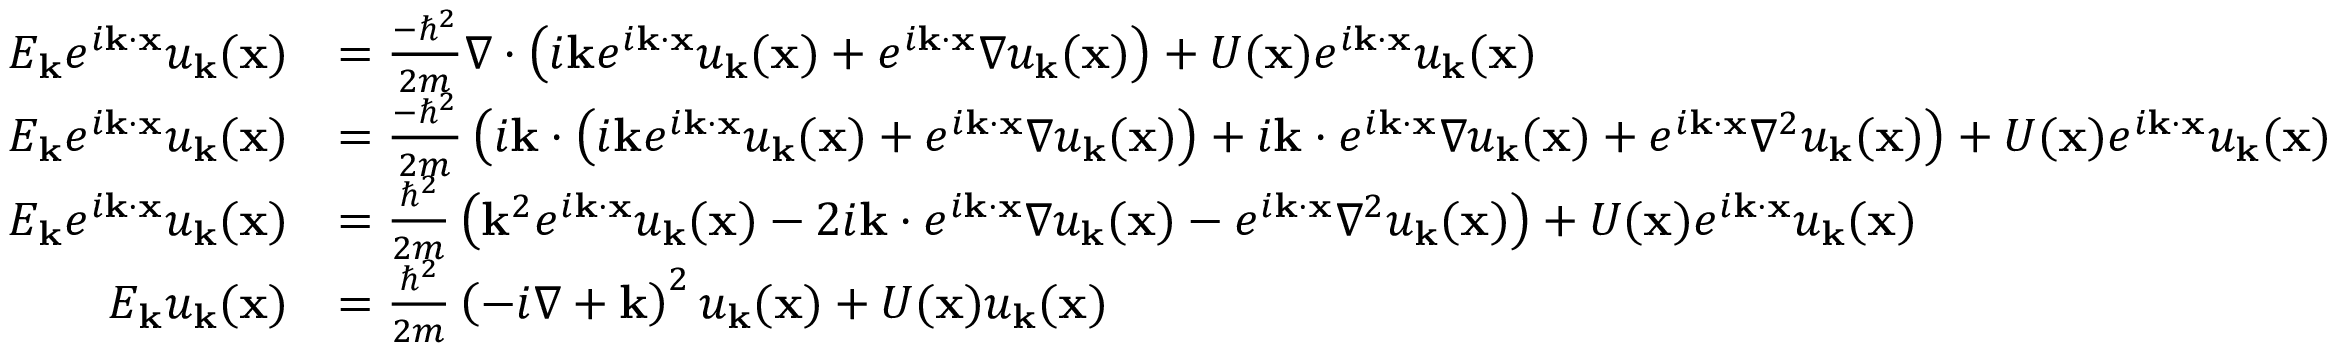
{ \begin{array} { r l } { E _ { \mathbf { k } } e ^ { i \mathbf { k } \cdot \mathbf { x } } u _ { \mathbf { k } } ( \mathbf { x } ) } & { = { \frac { - \hbar ^ { 2 } } { 2 m } } \nabla \cdot \left( i \mathbf { k } e ^ { i \mathbf { k } \cdot \mathbf { x } } u _ { \mathbf { k } } ( \mathbf { x } ) + e ^ { i \mathbf { k } \cdot \mathbf { x } } \nabla u _ { \mathbf { k } } ( \mathbf { x } ) \right) + U ( \mathbf { x } ) e ^ { i \mathbf { k } \cdot \mathbf { x } } u _ { \mathbf { k } } ( \mathbf { x } ) } \\ { E _ { \mathbf { k } } e ^ { i \mathbf { k } \cdot \mathbf { x } } u _ { \mathbf { k } } ( \mathbf { x } ) } & { = { \frac { - \hbar ^ { 2 } } { 2 m } } \left( i \mathbf { k } \cdot \left( i \mathbf { k } e ^ { i \mathbf { k } \cdot \mathbf { x } } u _ { \mathbf { k } } ( \mathbf { x } ) + e ^ { i \mathbf { k } \cdot \mathbf { x } } \nabla u _ { \mathbf { k } } ( \mathbf { x } ) \right) + i \mathbf { k } \cdot e ^ { i \mathbf { k } \cdot \mathbf { x } } \nabla u _ { \mathbf { k } } ( \mathbf { x } ) + e ^ { i \mathbf { k } \cdot \mathbf { x } } \nabla ^ { 2 } u _ { \mathbf { k } } ( \mathbf { x } ) \right) + U ( \mathbf { x } ) e ^ { i \mathbf { k } \cdot \mathbf { x } } u _ { \mathbf { k } } ( \mathbf { x } ) } \\ { E _ { \mathbf { k } } e ^ { i \mathbf { k } \cdot \mathbf { x } } u _ { \mathbf { k } } ( \mathbf { x } ) } & { = { \frac { \hbar ^ { 2 } } { 2 m } } \left( \mathbf { k } ^ { 2 } e ^ { i \mathbf { k } \cdot \mathbf { x } } u _ { \mathbf { k } } ( \mathbf { x } ) - 2 i \mathbf { k } \cdot e ^ { i \mathbf { k } \cdot \mathbf { x } } \nabla u _ { \mathbf { k } } ( \mathbf { x } ) - e ^ { i \mathbf { k } \cdot \mathbf { x } } \nabla ^ { 2 } u _ { \mathbf { k } } ( \mathbf { x } ) \right) + U ( \mathbf { x } ) e ^ { i \mathbf { k } \cdot \mathbf { x } } u _ { \mathbf { k } } ( \mathbf { x } ) } \\ { E _ { \mathbf { k } } u _ { \mathbf { k } } ( \mathbf { x } ) } & { = { \frac { \hbar ^ { 2 } } { 2 m } } \left( - i \nabla + \mathbf { k } \right) ^ { 2 } u _ { \mathbf { k } } ( \mathbf { x } ) + U ( \mathbf { x } ) u _ { \mathbf { k } } ( \mathbf { x } ) } \end{array} }